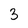
Character: 3